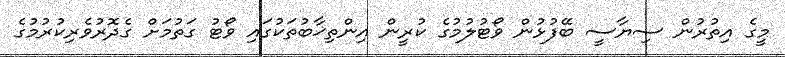
މީގެ އިތުރުން ސިޔާސީ ބޭފުޅުން ވޯޓުލުމުގެ ކުރީން އިންތިޚާބުތަކުގައި ވޯޓު ގަތުމަށް ގެދޮރުވެރިކުރުމުގެ